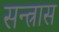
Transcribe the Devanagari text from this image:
सन्त्रास